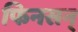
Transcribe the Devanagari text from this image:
फिनसन्‌